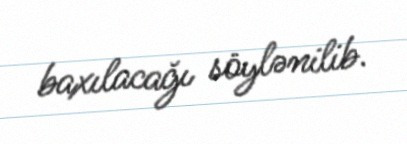
baxılacağı söylənilib.